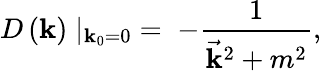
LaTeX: D\left(\mathbf{k}\right)\mid_{\mathbf{k}_{0}=0}\; =\; -{\frac{{1}}{{{\vec{{\mathbf{k}}}}^{2}+m^{2}}}},